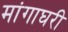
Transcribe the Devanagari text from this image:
मांगाघरी